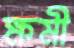
ক্ষমী